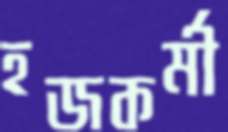
হজকর্মী